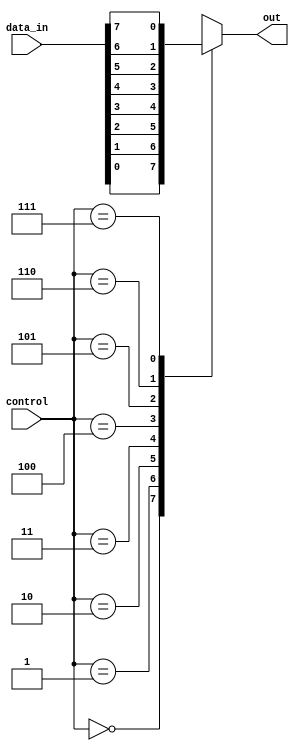
module mux_8to1 (
    input [7:0] data_in,
    input [2:0] control,
    output reg out
);

always @(*) begin
    case (control)
        3'b000: out = data_in[0];
        3'b001: out = data_in[1];
        3'b010: out = data_in[2];
        3'b011: out = data_in[3];
        3'b100: out = data_in[4];
        3'b101: out = data_in[5];
        3'b110: out = data_in[6];
        3'b111: out = data_in[7];
        default: out = 0;  // Default case for invalid control signals
    endcase
end

endmodule